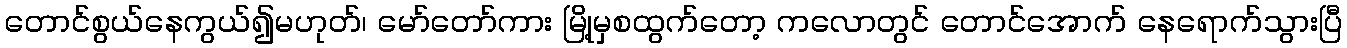
တောင်စွယ်နေကွယ်၍မဟုတ်၊ မော်တော်ကား မြို့မှစထွက်တော့ ကလောတွင် တောင်အောက် နေရောက်သွားပြီ